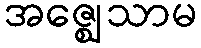
အဇ္ဈေသာမ